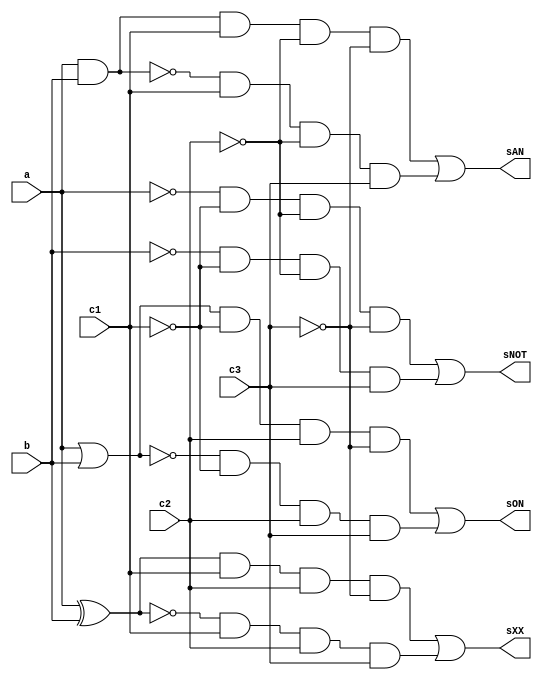
// -------------------------
// Exemplo0031 - F4
// Nome: Guilherme Augusto Bueno Borba
// -------------------------
// -------------------------
// f4_gate
// -------------------------

module LU (output sNOT, output sON, output sAN, output sXX, 
			  input a, input b, input c1, input c2, input c3);
			  
	wire notC1,notC2,notC3,notA,notB,orAB,norAB,andAB,nandAB,
		  xorAB,xnorAB,and1,and2,and3,and4,and5,and6,and7,and8;
		  
// -------------------- portas not

	not NOT1   (notC1, c1);
	not NOT2   (notC2, c2);
	not NOT3   (notC3, c3);
	not NOT4   (notA, a);
	not NOT5   (notB, b);

// ------------------- porta nor

	nor NOR1   (norAB, a, b);
	
// -------------------- porta nand	

	nand NAND1 (nandAB, a, b);

// --------------------- porta xor

	xor XOR1   (xorAB, a, b);

// ---------------------- porta xnor

	xnor XNOR1 (xnorAB, a, b);
	
// ---------------------- portas ends

	and AND1   (andAB, a, b);
	and AND2   (and1, notA, notC1, notC2, notC3);
	and AND3   (and2, notB, notC1, notC2, c3);
	and AND4   (and3, orAB, notC1, c2, notC3);
	and AND5   (and4, norAB, notC1, c2, c3);
	and AND6   (and5, andAB, c1, notC2, notC3);
	and AND7   (and6, nandAB, c1, notC2, c3);
	and AND8   (and7, xorAB, c1, c2, notC3);
	and AND9   (and8, xnorAB, c1, c2, c3);
	
// ------------------------------ portas or

	or OR1    (orAB, a, b);
	or OR2     (sNOT, and1, and2);
	or OR3     (sON, and3, and4);
	or OR4     (sAN, and5, and6);
	or OR5     (sXX, and7, and8);

endmodule 

module test_LU;
// ------------------------- definir dados
   reg x;
	reg y;
	reg c1;
	reg c2;
	reg c3;
	wire m;
	wire n;
	wire o;
	wire p;
	
	LU modulo (m, n, o, p, x, y, c1, c2, c3);
	
	initial begin: start
		x = 0; 
		y = 0;
		c1= 0;
		c2= 0;
		c3= 0;
	end
	
// ------------------------- parte principal
   initial begin
      $display("Exemplo0035 - Guilherme Augusto Bueno Borba - 451564");
      $display("Test LU's module");
		$display ("\nValor da Selecao = 000");
      $monitor("a = %b NOT A = %b",x,m);  
		#1 
		x = 1; c1 = 0; c2 = 0; c3 = 0; 
		#1
		$display ("\nValor da Selecao = 001");
		$monitor("b = %b NOT B = %b",y,m);
		y = 0; c1 = 0; c2 = 0; c3 = 1;
		#1
		y = 1; c1 = 0; c2 = 0; c3 = 1;
		#1
		$display ("\nValor da Selecao = 010");
		$monitor("Entradas : a = %b b = %b Selecao: OR = %b",x,y,n);
		x = 0; y = 0; c1 = 0; c2 = 1; c3 = 0;
		#1
		x = 0; y = 1; c1 = 0; c2 = 1; c3 = 0;
		#1 
		x = 1; y = 0; c1 = 0; c2 = 1; c3 = 0;
		#1 
		x = 1; y = 1; c1 = 0; c2 = 1; c3 = 0;
		#1
		$display ("\nValor da Selecao = 011");
		$monitor("Entradas : a = %b b = %b Selecao: NOR = %b",x,y,n);
		x = 0; y = 0; c1 = 0; c2 = 1; c3 = 1;
		#1
		x = 0; y = 1; c1 = 0; c2 = 1; c3 = 1;
		#1 
		x = 1; y = 0; c1 = 0; c2 = 1; c3 = 1;
		#1 
		x = 1; y = 1; c1 = 0; c2 = 1; c3 = 1;		
		#1
		$display ("\nValor da Selecao = 100");
		$monitor("Entradas : a = %b b = %b Selecao: AND = %b",x,y,o);
		x = 0; y = 0; c1 = 1; c2 = 0; c3 = 0;
		#1
		x = 0; y = 1; c1 = 1; c2 = 0; c3 = 0;
		#1 
		x = 1; y = 0; c1 = 1; c2 = 0; c3 = 0;
		#1 
		x = 1; y = 1; c1 = 1; c2 = 0; c3 = 0;		
		#1
		$display ("\nValor da Selecao = 101");
		$monitor("Entradas : a = %b b = %b Selecao: NAND = %b",x,y,o);
		x = 0; y = 0; c1 = 1; c2 = 0; c3 = 1;
		#1
		x = 0; y = 1; c1 = 1; c2 = 0; c3 = 1;
		#1 
		x = 1; y = 0; c1 = 1; c2 = 0; c3 = 1;
		#1 
		x = 1; y = 1; c1 = 1; c2 = 0; c3 = 1;		
		#1
		$display ("\nValor da Selecao = 110");
		$monitor("Entradas : a = %b b = %b Selecao: XOR = %b",x,y,p);
		x = 0; y = 0; c1 = 1; c2 = 1; c3 = 0;
		#1
		x = 0; y = 1; c1 = 1; c2 = 1; c3 = 0;
		#1 
		x = 1; y = 0; c1 = 1; c2 = 1; c3 = 0;
		#1 
		x = 1; y = 1; c1 = 1; c2 = 1; c3 = 0;
		#1
		$display ("\nValor da Selecao = 111");
		$monitor("Entradas : a = %b b = %b Selecao: XNOR = %b",x,y,p);
		x = 0; y = 0; c1 = 1; c2 = 1; c3 = 1;
		#1
		x = 0; y = 1; c1 = 1; c2 = 1; c3 = 1;
		#1 
		x = 1; y = 0; c1 = 1; c2 = 1; c3 = 1;
		#1 
		x = 1; y = 1; c1 = 1; c2 = 1; c3 = 1;						
   end
endmodule // test_LU